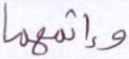
وإثمهما